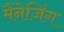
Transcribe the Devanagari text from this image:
मैंनेजिंग